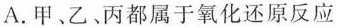
A.甲、乙丙都属于氧化还原反应